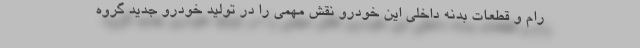
رام و قطعات بدنه داخلی این خودرو نقش مهمی را در تولید خودرو جدید گروه